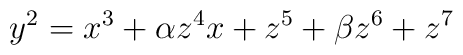
y^2=x^3+\alpha z^4 x +z^5+\beta z^6+z^7